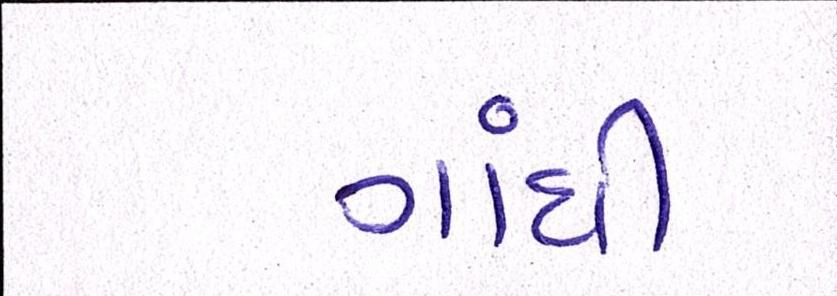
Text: ગાંધીને